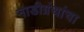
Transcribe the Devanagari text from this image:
नाडीग्रंथांचा